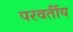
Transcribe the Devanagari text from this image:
परवर्तीय